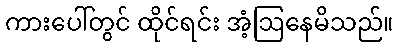
ကားပေါ်တွင် ထိုင်ရင်း အံ့ဩနေမိသည်။